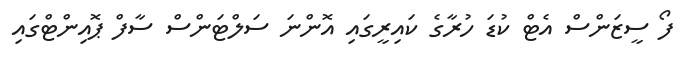
ފޯ ސީޒަންސް އެޓް ކުޑަ ހުރާގެ ކައިރީގައި އޮންނަ ސަލްޓަންސް ސާފް ޕޮއިންޓްގައި